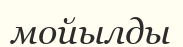
мойылды